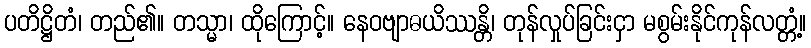
ပတိဋ္ဌိတံ၊ တည်၏။ တသ္မာ၊ ထိုကြောင့်။ နေဝဗျာဓယိဿန္တိ၊ တုန်လှုပ်ခြင်းငှာ မစွမ်းနိုင်ကုန်လတ္တံ့။